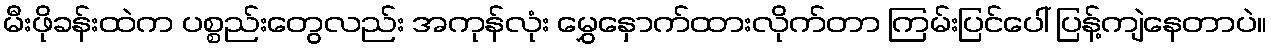
မီးဖိုခန်းထဲက ပစ္စည်းတွေလည်း အကုန်လုံး မွှေနှောက်ထားလိုက်တာ ကြမ်းပြင်ပေါ် ပြန့်ကျဲနေတာပဲ။